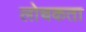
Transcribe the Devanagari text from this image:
लोचकता